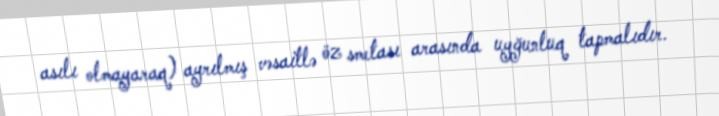
asılı olmayaraq) ayrılmış vəsaitlə öz smetası arasında uyğunluq tapmalıdır.